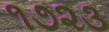
૧૭૨૩